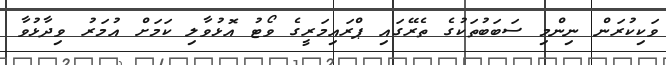
ވަކިކުރަން ނިންމި ސަބަބުތަކުގެ ތެރޭގައި ޕްރައިމަރީގެ ވޯޓު އޮޅުވާލި ކަމަށް އުމަރު ވިދާޅުވާ